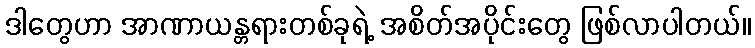
ဒါတွေဟာ အာဏာယန္တရားတစ်ခုရဲ့ အစိတ်အပိုင်းတွေ ဖြစ်လာပါတယ်။